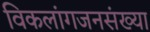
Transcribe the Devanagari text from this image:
विकलांगजनसंख्या